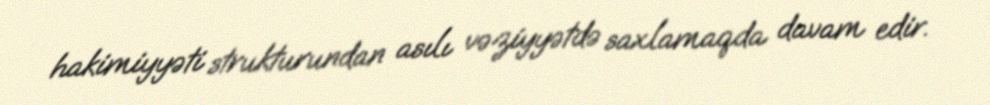
hakimiyyəti strukturundan asılı vəziyyətdə saxlamaqda davam edir.